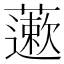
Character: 藗